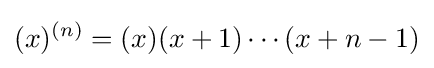
(x)^{(n)}=(x)(x+1)\cdots (x+n-1)